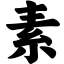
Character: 素